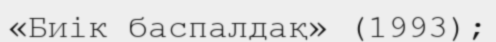
«Биік баспалдақ» (1993);